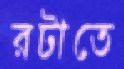
রটাতে